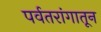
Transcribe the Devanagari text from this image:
पर्वतरांगातून